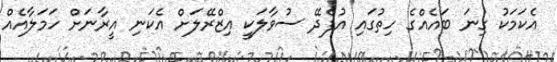
އެކަމަކު ގިނަ ބައެއްގެ ހިތުގައި އުފެދޭ ސުވާލަކީ އިޒްރޭލަށް އެކަނި އީރާނަށް ހަމަލާއެއް